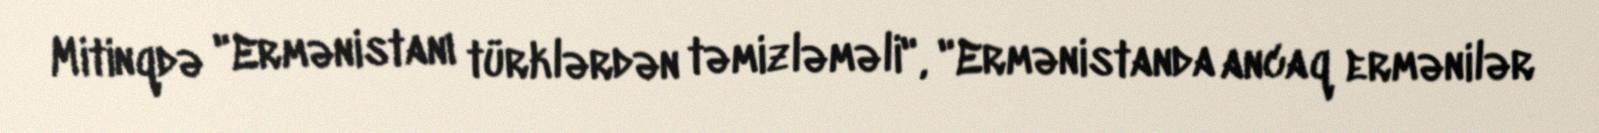
Mitinqdə "Ermənistanı türklərdən təmizləməli", "Ermənistanda ancaq ermənilər